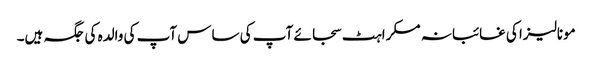
مونالیزا کی غائبانہ مسکراہٹ سجائے آپ کی ساس آپ کی والدہ کی جگہ ہیں۔